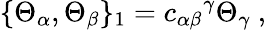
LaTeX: \{ \Theta_{\alpha},\Theta_{\beta}\} _{1}={c_{\alpha\beta}}^{\gamma}\Theta_{\gamma}\ ,